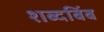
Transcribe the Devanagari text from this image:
शब्दबिंब